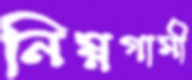
নিম্নগামী